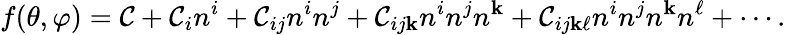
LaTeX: f(\theta,\varphi)=\mathcal{C}+\mathcal{C}_{i}n^{i}+\mathcal{C}_{ij}n^{i}n^{j}+\mathcal{C}_{ij\mathbf{k}}n^{i}n^{j}n^{\mathbf{k}}+\mathcal{C}_{ij\mathbf{k}\ell}n^{i}n^{j}n^{\mathbf{k}}n^{\ell}+\cdots.